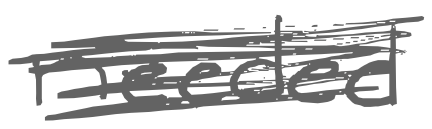
Text: needed
Cross-out: scratch
Writing tool: digital_gray